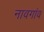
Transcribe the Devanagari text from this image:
नावगांव